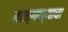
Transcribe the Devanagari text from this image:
बाळ्गण्याचा